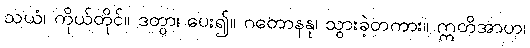
သယံ၊ ကိုယ်တိုင်။ ဒတွာ၊ ပေး၍။ ဂတောနနု၊ သွားခဲ့တကား။ ဣတိအာဟ၊